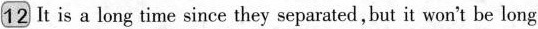
12 It is a long time since they separated ,but it won't be long